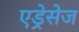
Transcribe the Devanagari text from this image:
एड्रेसेज